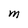
Character: M